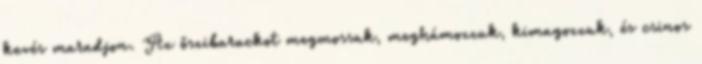
kevés maradjon. Az őszibarackot megmossuk, meghámozzuk, kimagozzuk, és csinos